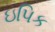
ઇપિક